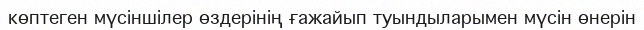
көптеген мүсіншілер өздерінің ғажайып туындыларымен мүсін өнерін